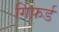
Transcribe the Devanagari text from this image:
गिफ़र्ड